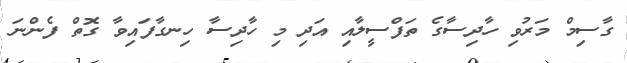
ގާސިމް މަރުވި ހާދިސާގެ ތަފްސީލާއި އަދި މި ހާދިސާ ހިނގާފައިވާ ގޮތް ފެންނަ